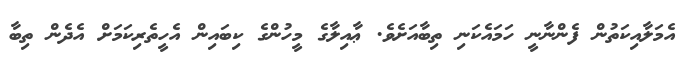
އެމަލާއިކަތުން ފެންނާނީ ހަމައެކަނި ތިބާއަށެވެ. ޢާއިލާގެ މީހުންގެ ކިބައިން އެހީތެރިކަމަށް އެދެން ތިބާ